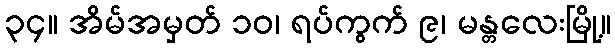
၃၄။ အိမ်အမှတ် ၁၀၊ ရပ်ကွက် ၉၊ မန္တလေးမြို့။